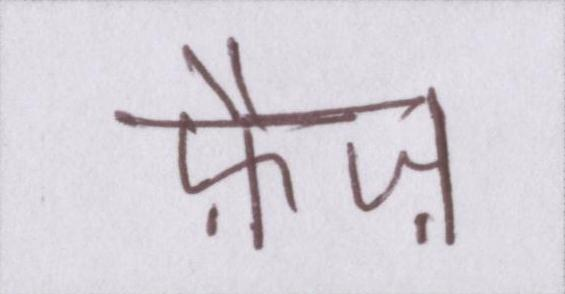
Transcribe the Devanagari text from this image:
फ़ैज़